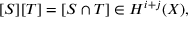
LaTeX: [ S ] [ T ] = [ S \cap T ] \in H ^ { i + j } ( X ) ,